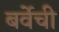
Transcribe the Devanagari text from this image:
बर्वेची